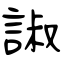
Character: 諔